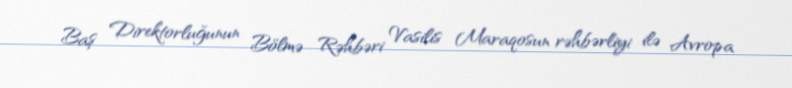
Baş Direktorluğunun Bölmə Rəhbəri Vasilis Maraqosun rəhbərliyi ilə Avropa